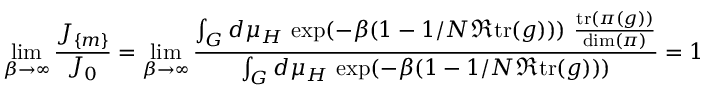
\operatorname * { l i m } _ { \beta \to \infty } \frac { J _ { \{ m \} } } { J _ { 0 } } = \operatorname * { l i m } _ { \beta \to \infty } \frac { \int _ { G } d \mu _ { H } \, \exp ( - \beta ( 1 - 1 / N \Re \mathrm { t r } ( g ) ) ) \, \, \frac { \mathrm { t r } ( \pi ( g ) ) } { \mathrm { d i m } ( \pi ) } } { \int _ { G } d \mu _ { H } \, \exp ( - \beta ( 1 - 1 / N \Re \mathrm { t r } ( g ) ) ) } = 1